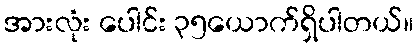
အားလုံး ပေါင်း ၃၅ယောက်ရှိပါတယ်။